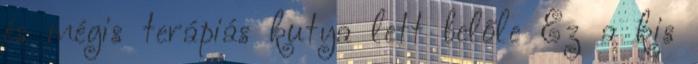
és mégis terápiás kutya lett belőle Ez a kis